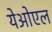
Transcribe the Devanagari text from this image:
येओएल